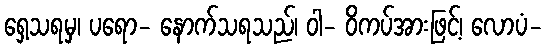
ရှေ့သရမှ၊ ပရော- နောက်သရသည်၊ ဝါ- ဝိကပ်အားဖြင့်၊ လောပံ-